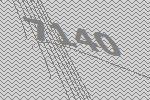
7140